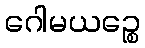
ဂေါမယဉ္စေ